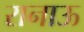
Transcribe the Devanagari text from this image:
रानाऊ